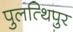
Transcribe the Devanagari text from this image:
पुलत्थिपुर